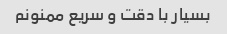
بسیار با دقت و سریع ممنونم